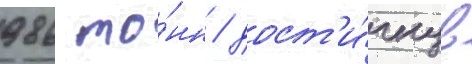
986 то́нн / дост'и́гнув